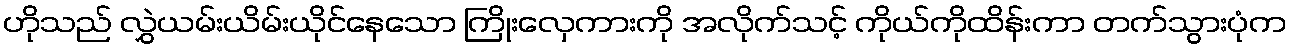
ဟိုသည် လွှဲယမ်းယိမ်းယိုင်နေသော ကြိုးလှေကားကို အလိုက်သင့် ကိုယ်ကိုထိန်းကာ တက်သွားပုံက